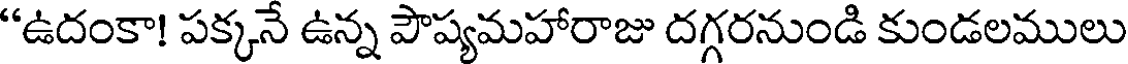
"ఉదంకా! పక్కనే ఉన్న పౌష్యమహారాజు దగ్గరనుండి కుండలములు